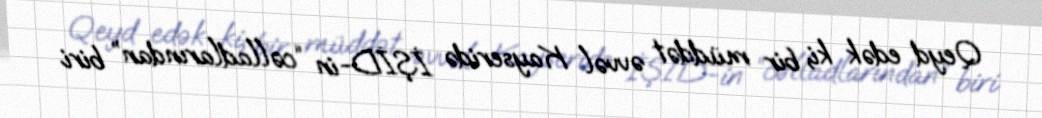
Qeyd edək ki, bir müddət əvvəl Kayseridə İŞİD-in “cəlladlarından” biri